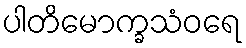
ပါတိမောက္ခသံဝရေ